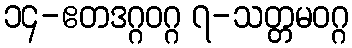
၁၄-ဧတဒဂ္ဂဝဂ္ဂ ၇-သတ္တမဝဂ္ဂ